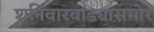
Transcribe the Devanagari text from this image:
शनिवारवाड्यासमोर